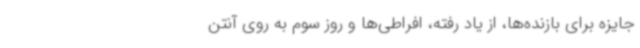
جایزه برای بازنده‌ها، از یاد رفته، افراطی‌ها و روز سوم به روی آنتن